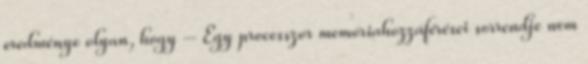
eredménye olyan, hogy – Egy processzor memóriahozzáférései sorrendje nem